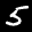
Label: 5